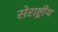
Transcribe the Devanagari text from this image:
सेराष्ट्रीय